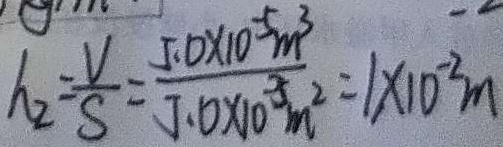
h _ { 2 } = \frac { V } { S } = \frac { 5 . 0 \times 1 0 ^ { - 5 } m ^ { 3 } } { 5 . 0 \times 1 0 ^ { - 3 } m ^ { 2 } } = 1 \times 1 0 ^ { - 2 } m